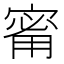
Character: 𪧟